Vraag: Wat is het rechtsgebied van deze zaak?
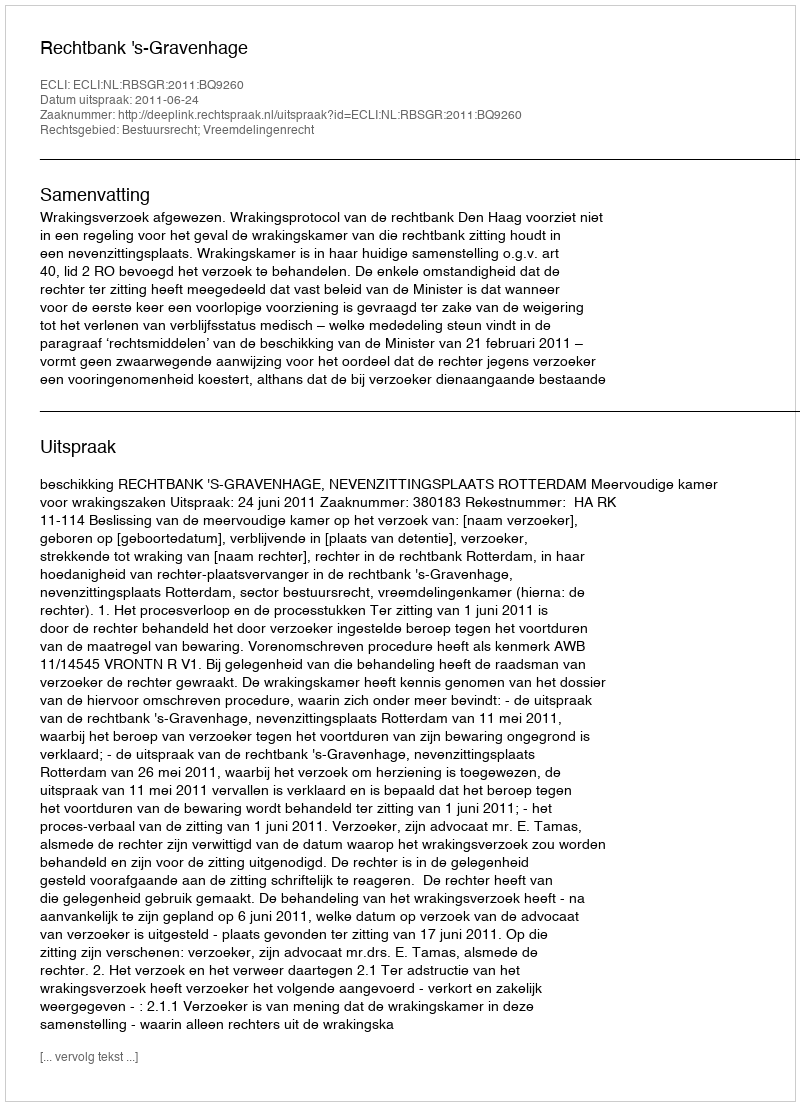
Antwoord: Bestuursrecht; Vreemdelingenrecht